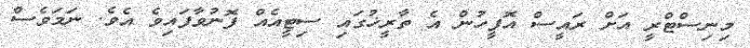
މިނިސްޓްރީ އަށް ރައީސް އޮފީހުން އެ ތާރީޚުގައި ސިޓީއެއް ފޮނުވާފައިވެ އެވެ. ނަމަވެސް